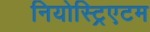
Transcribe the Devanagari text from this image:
नियोस्ट्रिएटम